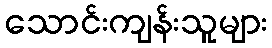
သောင်းကျန်းသူများ